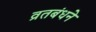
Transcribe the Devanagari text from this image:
व्रतबंधने